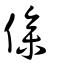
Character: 傪